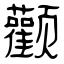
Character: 颧